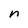
Character: n